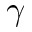
\gamma